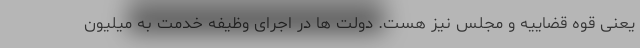
یعنی قوه قضاییه و مجلس نیز هست. دولت ها در اجرای وظیفه خدمت به میلیون